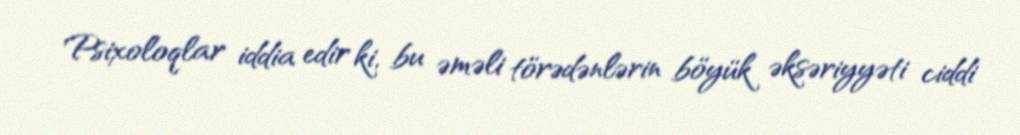
Psixoloqlar iddia edir ki, bu əməli törədənlərin böyük əksəriyyəti ciddi